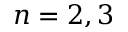
n = 2 , 3